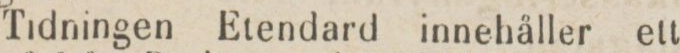
Tidningen Etendard innehåller ett